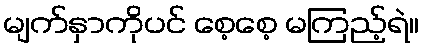
မျက်နှာကိုပင် စေ့စေ့ မကြည့်ရဲ။